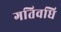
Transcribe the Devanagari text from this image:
गतिवधि